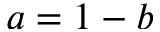
a = 1 - b